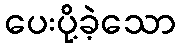
ပေးပို့ခဲ့သော